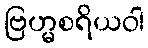
ဗြဟ္မစရိယဝါ